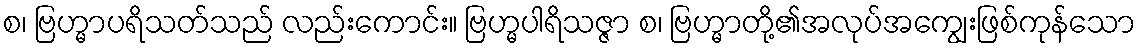
စ၊ ဗြဟ္မာပရိသတ်သည် လည်းကောင်း။ ဗြဟ္မပါရိသဇ္ဇာ စ၊ ဗြဟ္မာတို့၏အလုပ်အကျွေးဖြစ်ကုန်သော